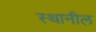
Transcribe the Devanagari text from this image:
स्थानील